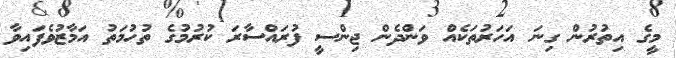
މީގެ އިތުރުން ގިނަ އަހަރުތަކެއް ވަންދެން ޖިންސީ ފުރައްސާރަ ކުރުމުގެ ތުހުމަތު އަމާޒުވެފައިވާ